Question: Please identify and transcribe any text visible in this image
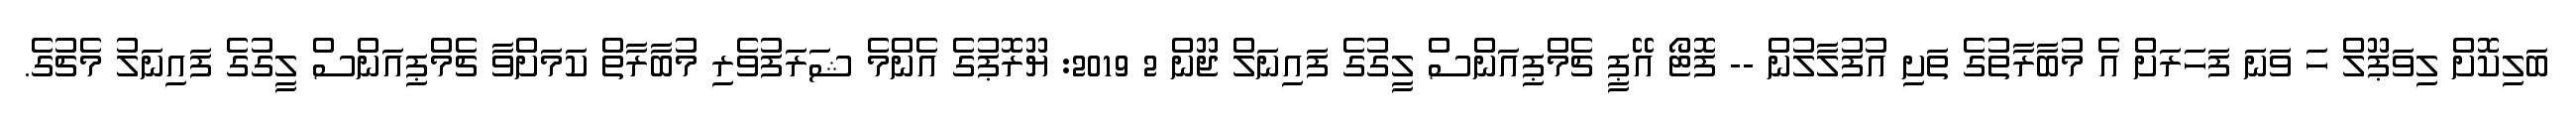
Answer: ބަލިކޮށް ލިވަޕޫލް ހަ ވަނަ ފަހަރަށް އެ މުބާރާތުގެ ތަށި އުފުލާލުން -- ފޮޓޯ އޭޕީ ޗެމްޕިއަންސް ލީގުގެ ފައިނަލް ޖޫން 2 2019: ޔޫރޮޕުގެ އެންމެ ޝަރަފުވެރި މުބާރާތް ކަމަށްވާ ޗެމްޕިއަންސް ލީގުގެ ފައިނަލު މެޗުގެ.